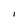
Character: I